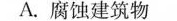
A.腐蚀建筑物